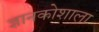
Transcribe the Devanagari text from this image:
ज्ञानकोशाला